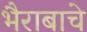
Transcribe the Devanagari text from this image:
भैराबाचे